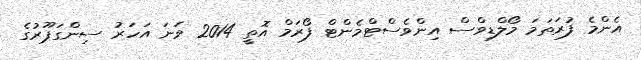
އެންމެ ފުރަތަމަ މޯލްޑިވްސް އިންވެސްޓްމެންޓް ފޯރަމް އޮތީ 2014 ވަނަ އަހަރު ސިންގަޕޫރުގެ